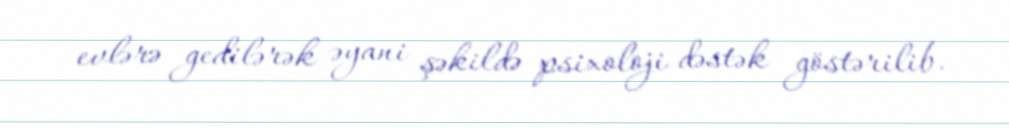
evlərə gedilərək əyani şəkildə psixoloji dəstək göstərilib.